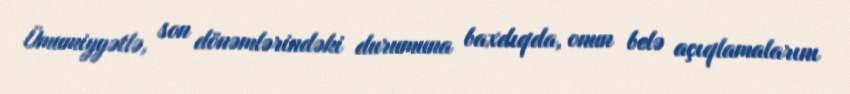
Ümumiyyətlə, son dönəmlərindəki durumuna baxdıqda, onun belə açıqlamalarını